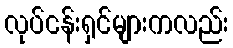
လုပ်ငန်းရှင်များကလည်း